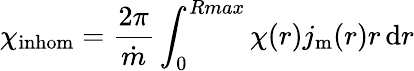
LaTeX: \chi_{\mathrm{inhom}}=\frac{2\pi}{\dot{m}}\int_{0}^{Rmax}\chi(r)j_{\mathrm{m}}(r)r\, \mathrm{d}r